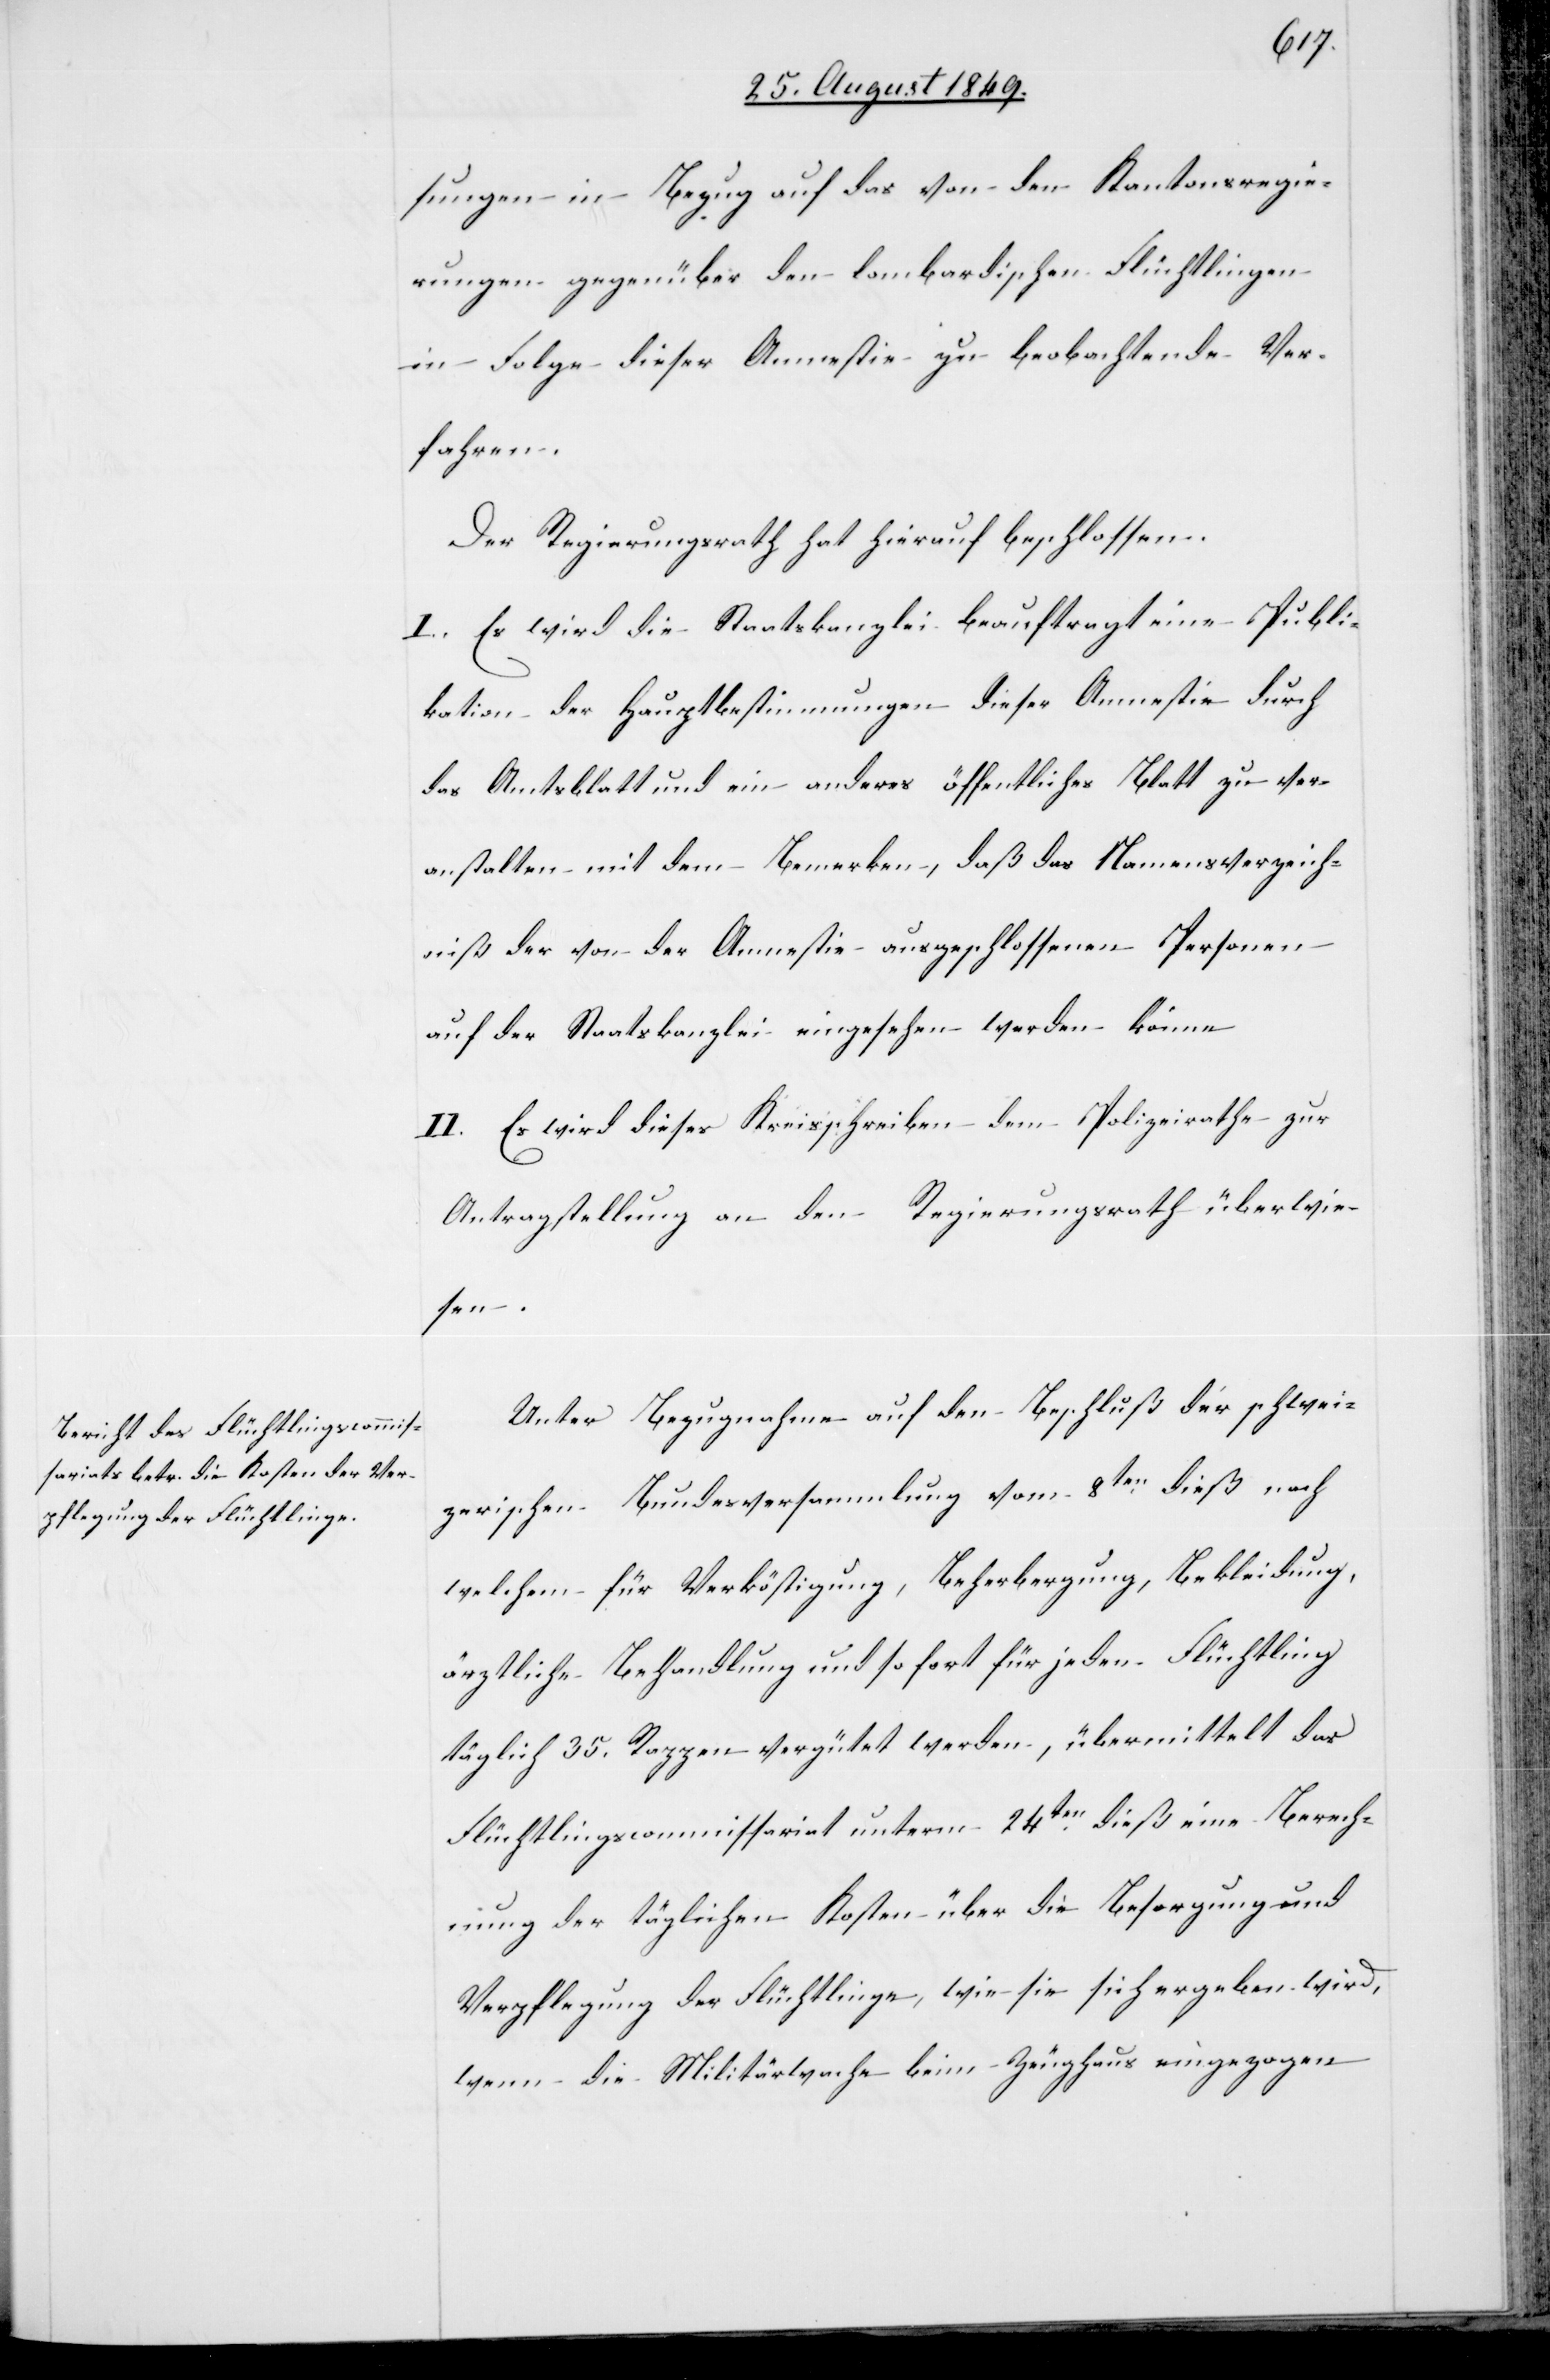
sungen in Bezug auf das von den Kantonsregie¬
rungen gegenüber den lombardischen Flüchtlingen
in Folge dieser Amnestie zu beobachtende Ver¬
fahren.
Der Regierungsrath hat hierauf beschlossen.
I. Es wird die Staatskanzlei beauftragt eine Publi¬
kation der Hauptbestimmungen dieser Amnestie durch
das Amtsblatt und ein anderes öffentliches Blatt zu ver¬
anstalten mit dem Bemerken, daß das Namensverzeich¬
niß der von der Amnestie ausgeschlossenen Personen
auf der Staatskanzlei eingesehen werden könne.
II. Es wird dieses Kreisschreiben dem Polizeirathe zur
Antragstellung an den Regierungsrath überwie¬
sen.
Unter Bezugnahme auf den Beschluß der schwei¬
zerischen Bundesversammlung vom 8ten dieß nach
welchem für Verköstigung, Beherbergung, Bekleidung,
ärztliche Behandlung und so fort für jeden Flüchtling
täglich 35. Rappen vergütet werden, übermittelt das
Flüchtlingscommissariat unterm 24ten dieß eine Berech¬
nung der täglichen Kosten über die Besorgung und
Verpflegung der Flüchtlinge, wie sie sich ergeben wird,
wenn die Militärwache beim Zeughaus eingezogen